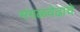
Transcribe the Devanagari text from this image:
मंगळवेढाचे